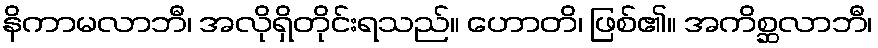
နိကာမလာဘီ၊ အလိုရှိတိုင်းရသည်။ ဟောတိ၊ ဖြစ်၏။ အကိစ္ဆလာဘီ၊